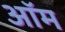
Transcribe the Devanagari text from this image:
ऑम